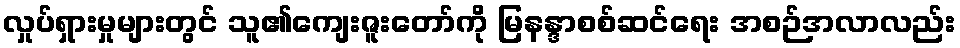
လှုပ်ရှားမှုများတွင် သူ၏ကျေးဇူးတော်ကို မြနန္ဒာစစ်ဆင်ရေး အစဉ်အလာလည်း